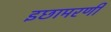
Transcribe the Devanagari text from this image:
इछामरणी